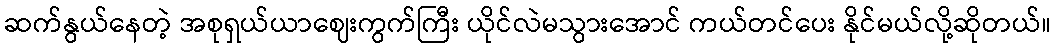
ဆက်နွယ်နေတဲ့ အစုရှယ်ယာဈေးကွက်ကြီး ယိုင်လဲမသွားအောင် ကယ်တင်ပေး နိုင်မယ်လို့ဆိုတယ်။